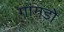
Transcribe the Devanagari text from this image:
गांगडोे